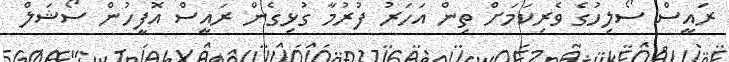
ރައީސް ސޯލިހުގެ ވެރިކަމަށް ތިން އަހަރު ފުރުމާ ގުޅިގެން ރައީސް އޮފީހުން ސޯޝަލް